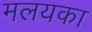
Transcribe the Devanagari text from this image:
मलयका